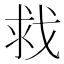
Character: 𫻲